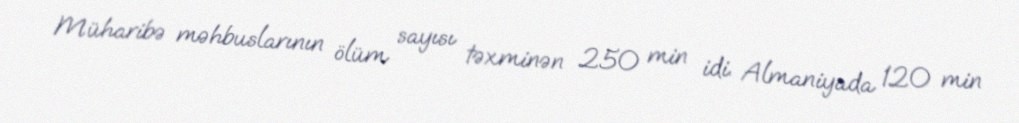
Müharibə məhbuslarının ölüm sayısı təxminən 250 min idi. Almaniyada 120 min